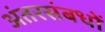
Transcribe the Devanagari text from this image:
अंतरसंबधों